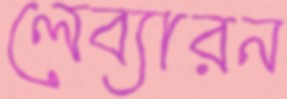
লেব্যারন